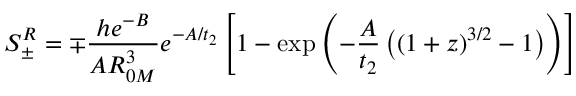
S _ { \pm } ^ { R } = \mp { \frac { h e ^ { - B } } { A R _ { 0 M } ^ { 3 } } } e ^ { - A / t _ { 2 } } \left[ 1 - \exp \left( - { \frac { A } { t _ { 2 } } } \left( ( 1 + z ) ^ { 3 / 2 } - 1 \right) \right) \right]